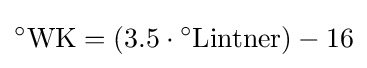
{}^{\circ }{\mbox{WK}}=\left(3.5\cdot {}^{\circ }{\mbox{Lintner}}\right)-16